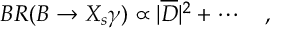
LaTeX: B R ( B \to X _ { s } \gamma ) \propto | \overline { { { D } } } | ^ { 2 } + \cdots \quad ,